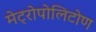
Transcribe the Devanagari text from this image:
मेट्रोपोलिटोण